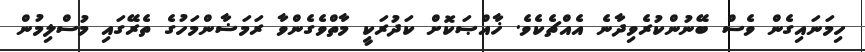
ހިމަނައިގެން ވެސް ބޭނުންކުރެވިދާނެ އެއްޗެކެވެ. ޚާއްޞަކޮށް ކަދުރަކީ މާތްވެގެންވާ ރަމަޟާންމަހުގެ ތެރޭގައި މުސްލިމުން